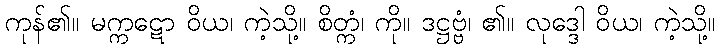
ကုန်၏။ မက္ကဋော ဝိယ၊ ကဲ့သို့။ စိတ္ကံ၊ ကို။ ဒဋ္ဌဗ္ဗံ၊ ၏။ လုဒ္ဒေါ ဝိယ၊ ကဲ့သို့။